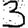
Digit: 3